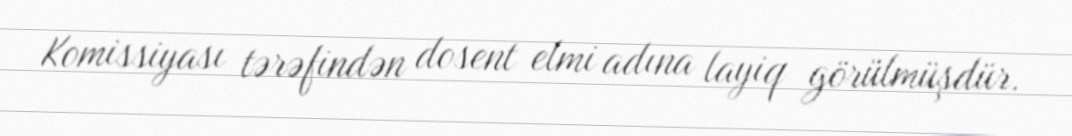
Komissiyası tərəfindən dosent elmi adına layiq görülmüşdür.